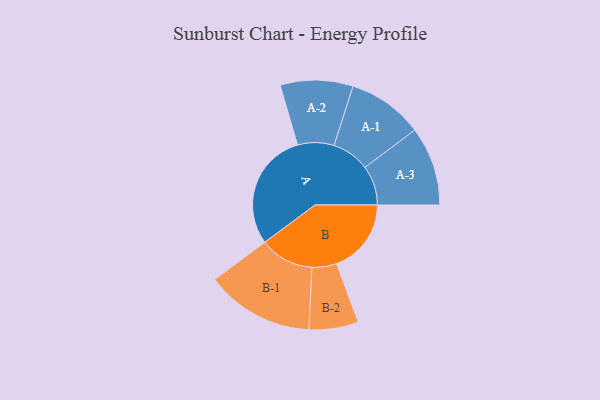
{"axis": {"x": "Segment", "y": "Value"}, "legend": ["", "A", "B"], "data": [{"x": "A", "y": 484, "type": ""}, {"x": "B", "y": 306, "type": ""}, {"x": "A-1", "y": 155, "type": "A"}, {"x": "A-2", "y": 149, "type": "A"}, {"x": "A-3", "y": 162, "type": "A"}, {"x": "B-1", "y": 222, "type": "B"}, {"x": "B-2", "y": 101, "type": "B"}]}